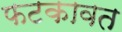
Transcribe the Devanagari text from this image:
फटकावत